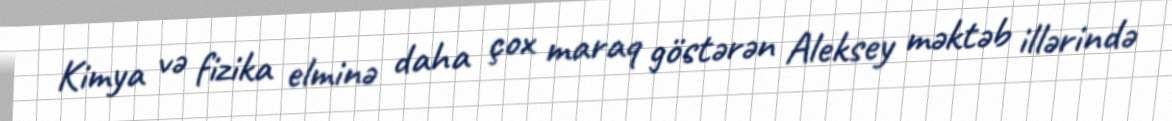
Kimya və fizika elminə daha çox maraq göstərən Aleksey məktəb illərində